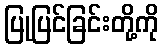
ပြုပြင်ခြင်းတို့ကို